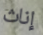
إناث